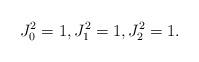
LaTeX: \begin{align*} J_0^2 = 1, J_1^2 = 1,J_2^2 = 1. \end{align*}